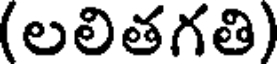
(లలితగతి)